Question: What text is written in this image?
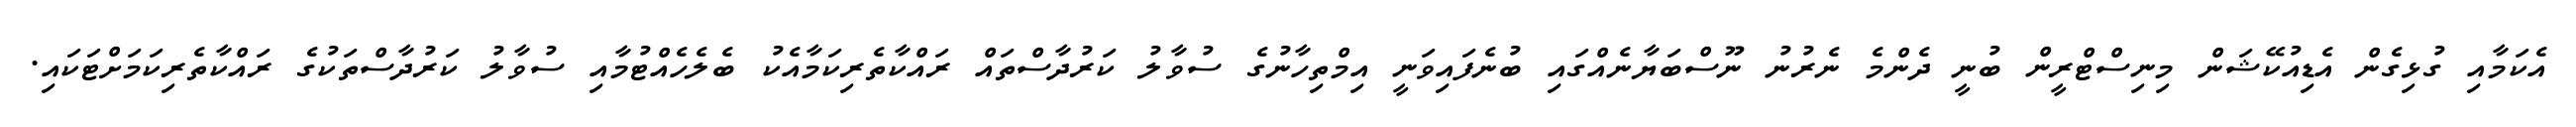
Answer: އެކަމާއި ގުޅިގެން އެޑިއުކޭޝަން މިނިސްޓްރީން ބުނީ ދެންމެ ނެރުނު ނޫސްބަޔާނެއްގައި ބުނެފައިވަނީ އިމްތިހާނުގެ ސުވާލު ކަރުދާސްތައް ރައްކާތެރިކަމާއެކު ބެލެހެއްޓުމާއި ސުވާލު ކަރުދާސްތަކުގެ ރައްކާތެރިކަމަށްޓަކައި.